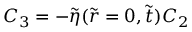
C _ { 3 } = - \tilde { \eta } ( \tilde { r } = 0 , \tilde { t } ) C _ { 2 }